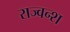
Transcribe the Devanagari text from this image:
राज्वन्श